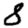
Digit: 8